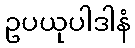
ဥပယုပါဒါနံ